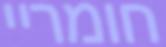
חומריי